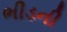
ભીડની